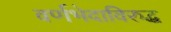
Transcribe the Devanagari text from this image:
वर्णभेदाविरुद्ध